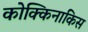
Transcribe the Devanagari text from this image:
कोक्किनाकिस